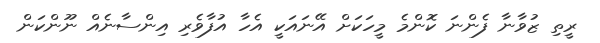
ރީތި ޒުވާނާ ފެންނަ ކޮންމެ މީހަކަށް އޭނައަކީ އެހާ އުފާވެރި އިންސާނެއް ނޫންކަން